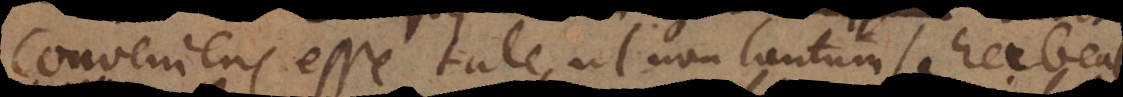
conveniens esse tale, ut non tantum se habe